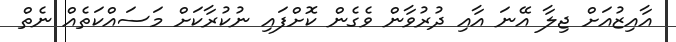
އާއިޒުއަށް ޖިލާ އޭނަ އާއި ދުރުވާން ވެގެން ކޮށްފައި ނުކުރާކަށް މަސައްކަތެއް ނެތް